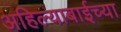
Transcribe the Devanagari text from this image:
अहिल्याबाईच्या